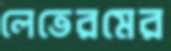
লেতেরমের